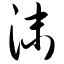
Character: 沫